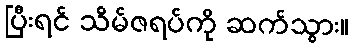
ပြီးရင် သိမ်ဇရပ်ကို ဆက်သွား။